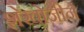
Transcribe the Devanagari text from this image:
शेखोजीने